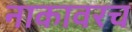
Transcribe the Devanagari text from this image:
नाकावरच